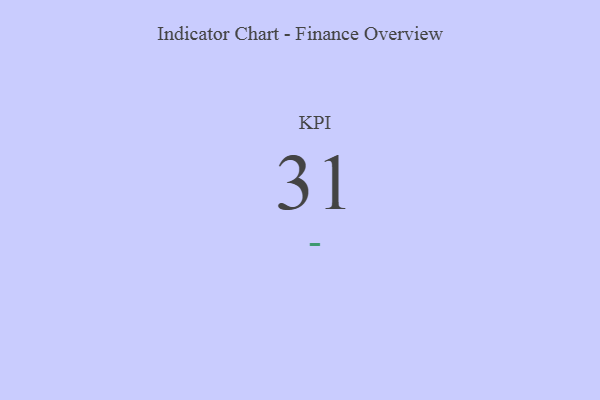
{"axis": {"x": "KPI", "y": "Value"}, "legend": [""], "data": [{"x": "KPI", "y": 31, "type": ""}]}